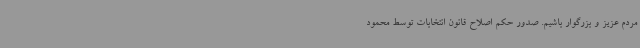
مردم عزیز و بزرگوار باشیم. صدور حکم اصلاح قانون انتخابات توسط محمود